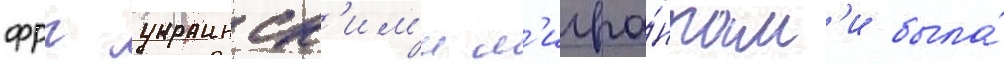
фрг украинск'им'и м'игра́нтам'и была́